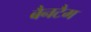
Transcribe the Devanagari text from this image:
बैनटैम